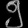
Digit: ၅